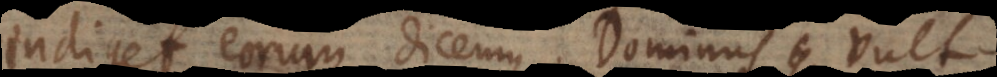
indiget eorum, dicemus: Dominus vult